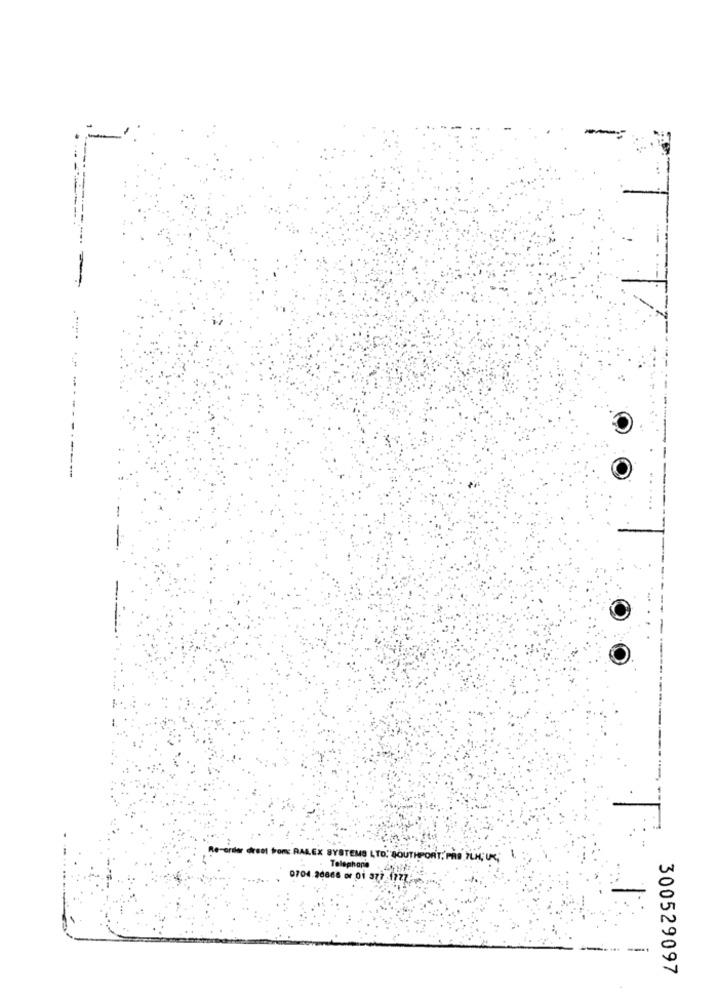
-
Re-ordier dreet troms RALEX SYSTEMS LTD. SOUTHPORT. PRO PLAC UK,
Telephone . 12.
0704-26866 or 01 377 1777-
300529097